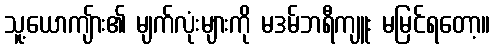
သူ့ယောကျ်ား၏ မျက်လုံးများကို မဒမ်ဘရီကျူး မမြင်ရတော့။